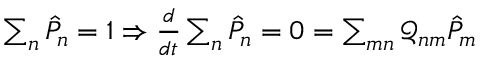
\begin{array} { r } { \sum _ { n } \hat { P } _ { n } = 1 \Rightarrow \frac { d } { d t } \sum _ { n } \hat { P } _ { n } = 0 = \sum _ { m n } \mathcal { Q } _ { n m } \hat { P } _ { m } } \end{array}